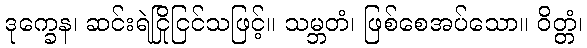
ဒုက္ခေန၊ ဆင်းရဲငြိုငြင်သဖြင့်။ သမ္ဘတံ၊ ဖြစ်စေအပ်သော။ ဝိတ္တံ၊